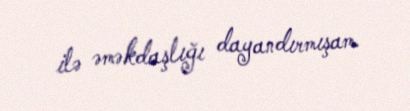
ilə əməkdaşlığı dayandırmışam.